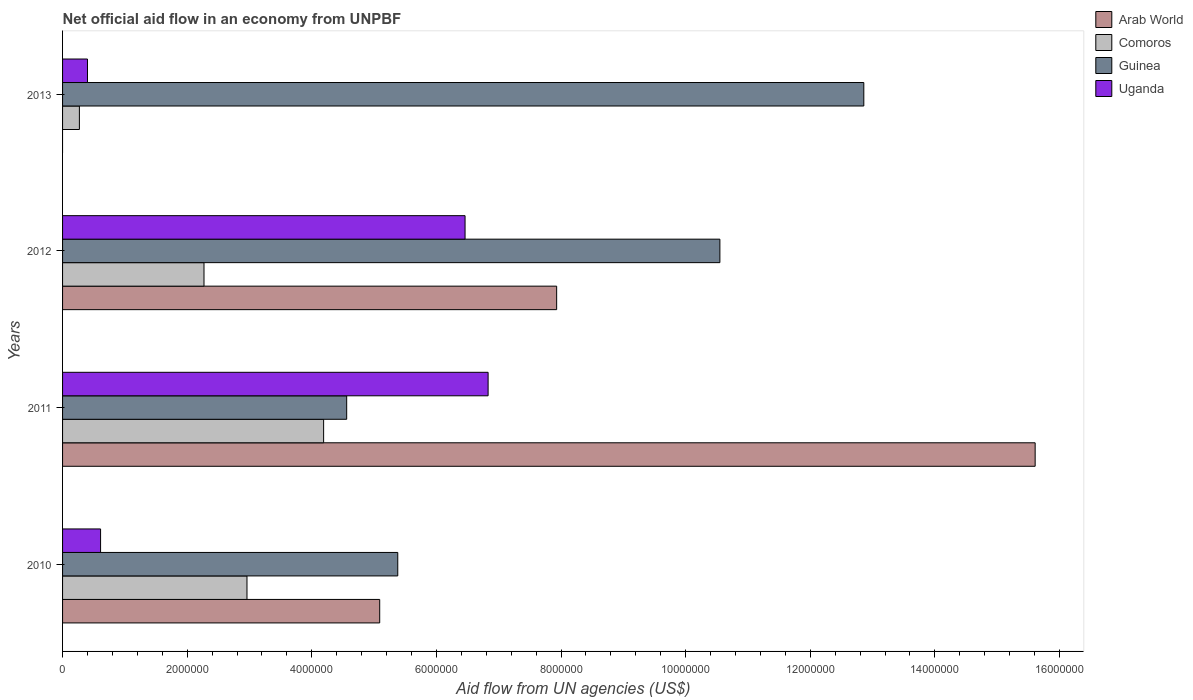
| Years | Arab World | Comoros | Guinea | Uganda |
 | --- | --- | --- | --- | --- |
 | 2010 | 5.09e+06 | 2.96e+06 | 5.38e+06 | 6.1e+05 |
 | 2011 | 1.56e+07 | 4.19e+06 | 4.56e+06 | 6.83e+06 |
 | 2012 | 7.93e+06 | 2.27e+06 | 1.06e+07 | 6.46e+06 |
 | 2013 | -1e+04 | 2.7e+05 | 1.29e+07 | 4e+05 |